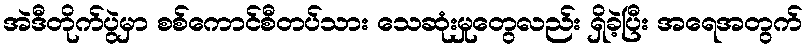
အဲဒီတိုက်ပွဲမှာ စစ်ကောင်စီတပ်သား သေဆုံးမှုတွေလည်း ရှိခဲ့ပြီး အရေအတွက်